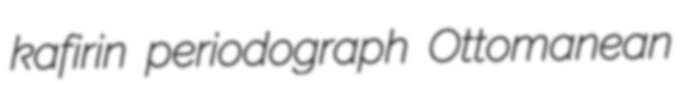
kafirin periodograph Ottomanean